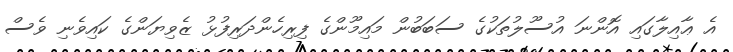
އެ ޢާއިލާގައި އޮންނަ އުސޫލުތަކުގެ ސަބަބުން މައިމޫންގެ ފިރިހެންދަރިފުޅު ޒެވިޔަންގެ ކައިވެނި ވެސް